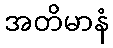
အတိမာနံ